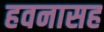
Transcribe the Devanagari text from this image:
हवनासह